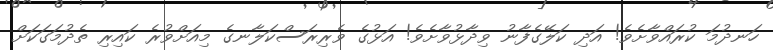
ހަނދުމަ ކުރައްވާށެވެ! އަދި ކަލޭގެފާނު ވިދާޅުވާށެވެ! އަޅުގެ ވެރިރަސްކަލާނގެ މިއަށްވުރެ ކައިރި ތެދުމަގަކަށް